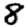
Digit: 8